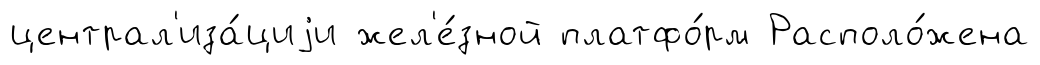
централ'иза́циjи жел'е́зной платфо́рм Располо́жена